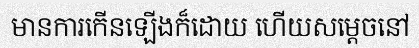
មានការកើនឡើងក៏ដោយ ហើយសម្តេចនៅ